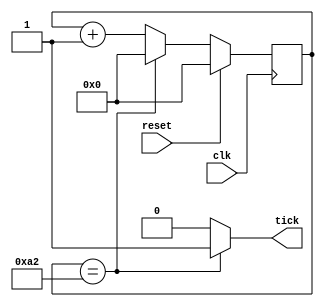
`timescale 1us / 1ns
//////////////////////////////////////////////////////////////////////////////////
// Company: 
// Engineer: 
// 
// Design Name: 
// Module Name:    Uart_BaudRateGen 
// Project Name: 
// Target Devices: 
// Tool versions: 
// Description: 
//
// Dependencies: 
//
// Revision: 
// Revision 0.01 - File Created
// Additional Comments: 
//
//////////////////////////////////////////////////////////////////////////////////
module Uart_BaudRateGen
#( 
 parameter N=8, //Cantidad de bits del contador
 parameter M=163//Numero divisor de frecuencia
 //para un clock de 50Mhz-> 50Mhz/163 ~ 307Khz -> 307Khz/16~19200Hz
						) 
( 
input wire clk, reset, 
output wire tick 
						); 
//Declaracion de seales internas
reg [N-1:0] r_reg; //registro contador
wire [N-1:0] r_next; //contador

//Registros
always @(posedge clk) 
	if (reset) 
		r_reg <= 0; 
	else 
		r_reg <= r_next; 

// Logica de cambio de estados
assign r_next = (r_reg == (M-1)) ? 0 : r_reg + 1; 

//Logica de salida (1 cuando contador==162)
assign tick = (r_reg==(M-1)) ? 1'b1 : 1'b0; 
endmodule